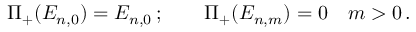
\Pi _ { + } ( E _ { n , 0 } ) = E _ { n , 0 } \, ; \qquad \Pi _ { + } ( E _ { n , m } ) = 0 \quad m > 0 \, .